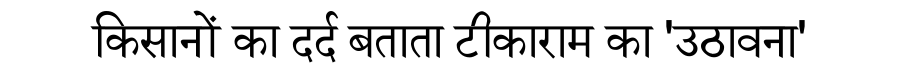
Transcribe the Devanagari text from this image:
किसानों का दर्द बताता टीकाराम का 'उठावना'